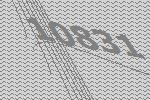
10831